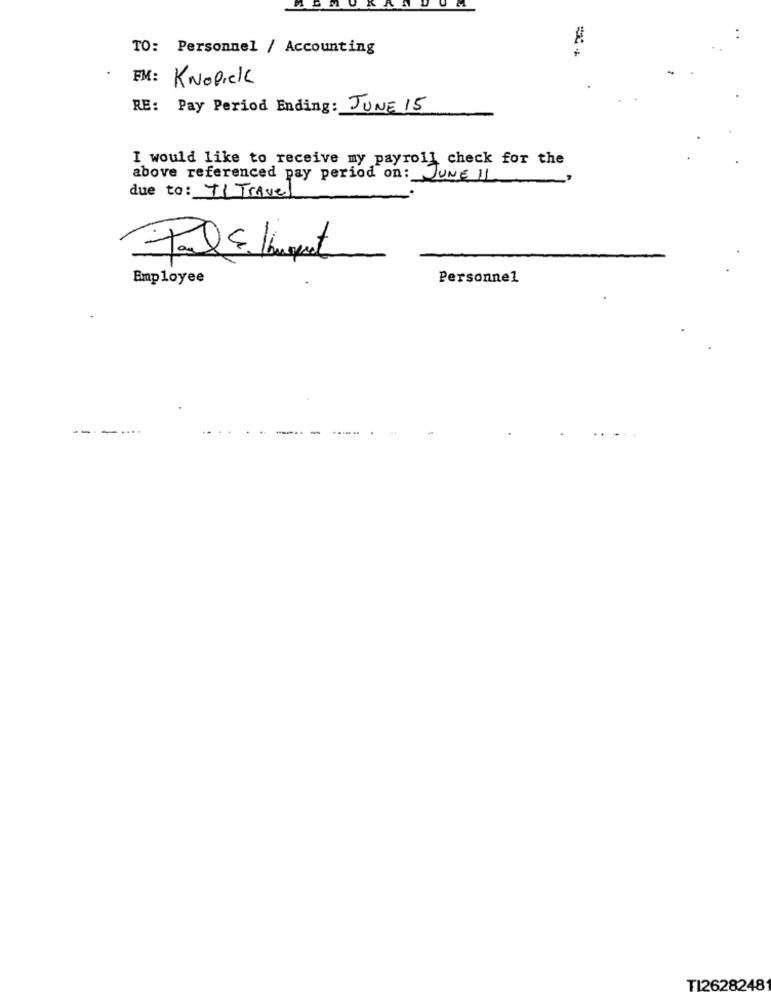
TO: Personnel / Accounting
FM:
KNopick
RE: Pay Period Ending: JUNE 15
I would like to receive my payroll check for the
above referenced pay period on: JUNE 11
due to: IL Travel
Employee
Personnel
--
TI2628248